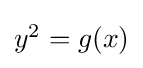
{\textstyle y^{2}=g(x)}